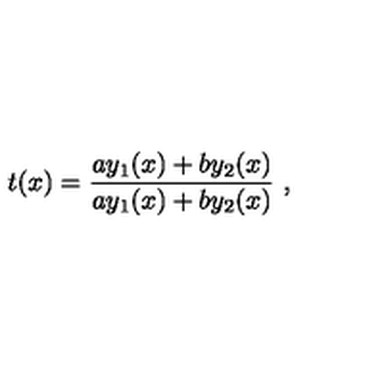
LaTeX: t ( x ) = \frac { a y _ { 1 } ( x ) + b y _ { 2 } ( x ) } { a y _ { 1 } ( x ) + b y _ { 2 } ( x ) } \ ,